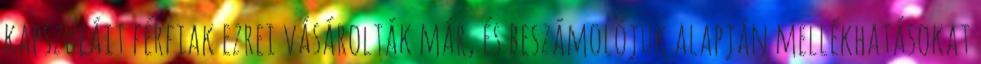
kapszuláit férfiak ezrei vásárolták már, és beszámolójuk alapján mellékhatásokat